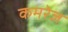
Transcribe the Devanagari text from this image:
कमरेज